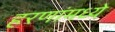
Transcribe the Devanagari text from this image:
हरणांमध्ये